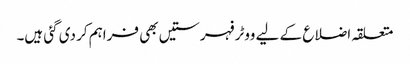
متعلقہ اضلاع کے لیے ووٹر فہرستیں بھی فراہم کر دی گئی ہیں۔